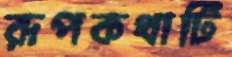
রূপকথাটি